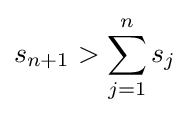
s_{n+1}>\sum _{j=1}^{n}s_{j}